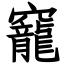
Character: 竉